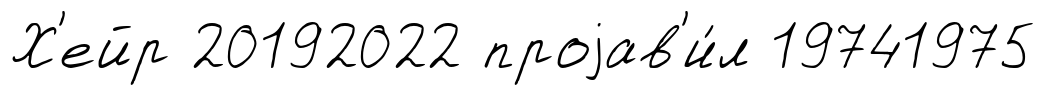
Х'ейр 20192022 проjав'и́л 19741975